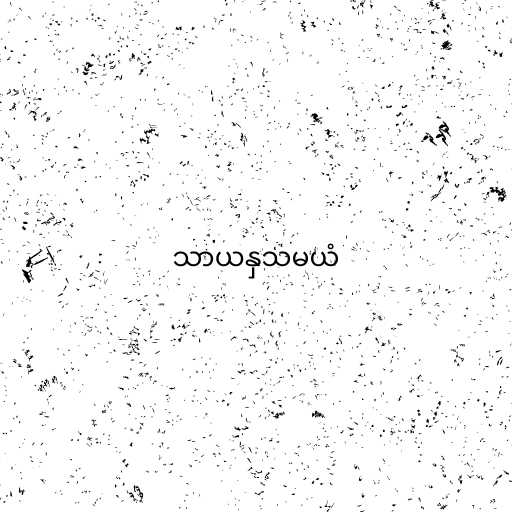
သာယနှသမယံ